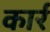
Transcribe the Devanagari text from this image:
कार्र